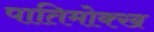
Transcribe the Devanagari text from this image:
पातिमोक्ख